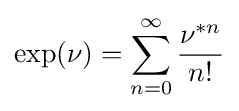
\exp(\nu )=\sum _{n=0}^{\infty }{\nu ^{*n} \over n!}